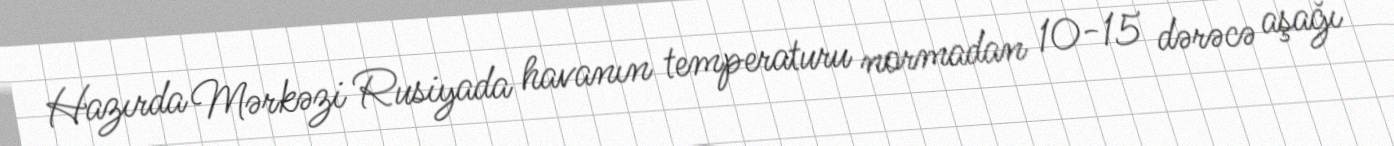
Hazırda Mərkəzi Rusiyada havanın temperaturu normadan 10-15 dərəcə aşağı